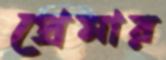
প্রেমার